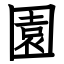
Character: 園